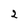
Character: 2